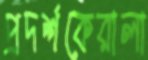
প্রদর্শকেরালা